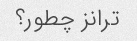
ترانز چطور؟